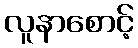
လူနာစောင့်